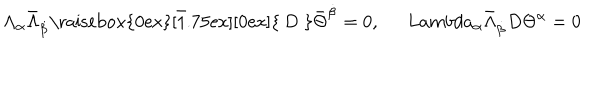
\Lambda _ { \alpha } \bar { \Lambda } _ { \dot { \beta } } \bar { \mathrm { \raisebox { 0 e x } [ 1 . 7 5 e x ] [ 0 e x ] { ~ D ~ } } } \bar { \Theta } ^ { \dot { \beta } } = 0 , \ \, L a m b d a _ { \alpha } \bar { \Lambda } _ { \dot { \beta } } D \Theta ^ { \alpha } = 0